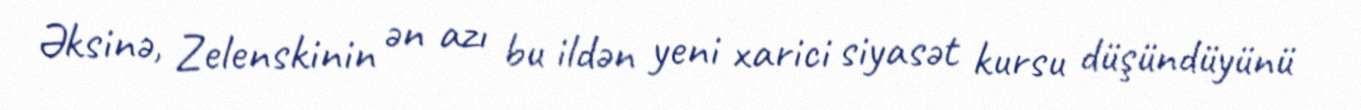
Əksinə, Zelenskinin ən azı bu ildən yeni xarici siyasət kursu düşündüyünü